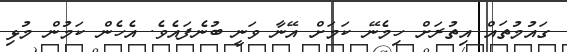
ގައުމުތައް އިތުރަށް ހިމެނޭ ކަމަށް އޭނާ ވަނީ ބުނެފައެވެ. އެހެން ކަމުން މުޅި